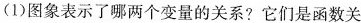
(1)图象表示了哪两个变量的关系?它们是函数关